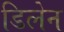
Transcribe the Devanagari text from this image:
डिलेन